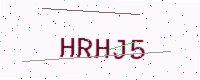
Text: HRHJ5